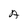
Character: A